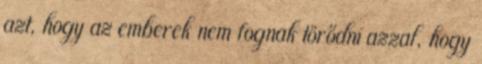
azt, hogy az emberek nem fognak törődni azzal, hogy